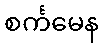
စင်္ကမေန